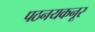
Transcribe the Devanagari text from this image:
पठनयकनूर